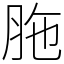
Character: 胣